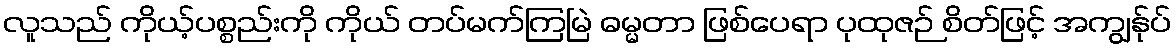
လူသည် ကိုယ့်ပစ္စည်းကို ကိုယ် တပ်မက်ကြမြဲ ဓမ္မတာ ဖြစ်ပေရာ ပုထုဇဉ် စိတ်ဖြင့် အကျွန်ုပ်